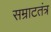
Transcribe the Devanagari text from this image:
सम्राटतंत्र